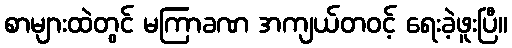
စာများထဲတွင် မကြာခဏ အကျယ်တဝင့် ရေးခဲ့ဖူးပြီ။